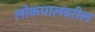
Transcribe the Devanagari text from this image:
लोकपालवरील